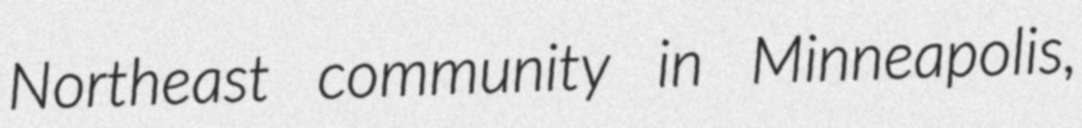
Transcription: Northeast community in Minneapolis,